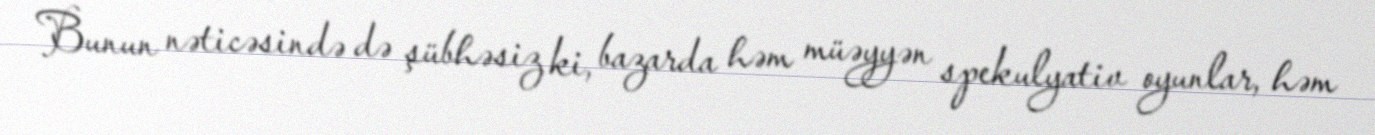
Bunun nəticəsində də şübhəsiz ki, bazarda həm müəyyən spekulyativ oyunlar, həm